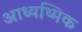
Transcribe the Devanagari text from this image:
आध्यथ्मिक